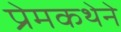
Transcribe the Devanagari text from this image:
प्रेमकथेने